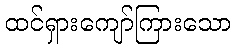
ထင်ရှားကျော်ကြားသော